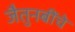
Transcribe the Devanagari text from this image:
जैतुनबींचे